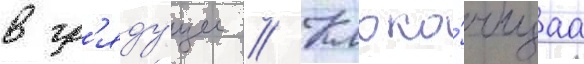
в гр'яду́щее // Клоко́чущаа